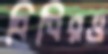
বিধিরও